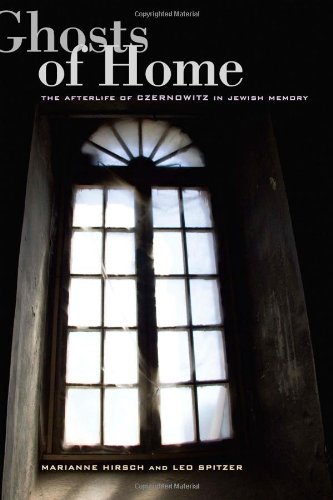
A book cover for Ghosts of Home: The Afterlife of Czernowitz in Jewish Memory; Marianne Hirsch; Travel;